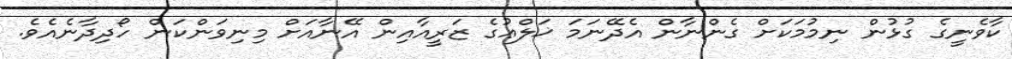
ކާވެނީގެ ގުޅުން ނިމުމަކަށް ގެންނާން އެދޭނަމަ ޚަލްޢުގެ ޒަރީއާއިން އޭނާއަށް މިނިވަންކަން ހޯދިދާނެއެވެ.